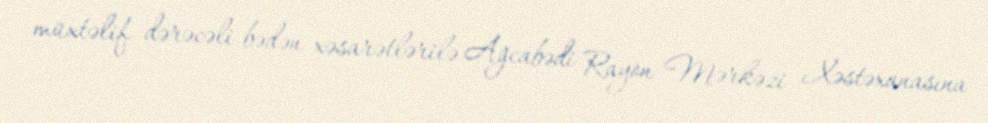
müxtəlif dərəcəli bədən xəsarətlərilə Ağcabədi Rayon Mərkəzi Xəstəxanasına